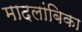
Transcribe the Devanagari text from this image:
मादलांबिका